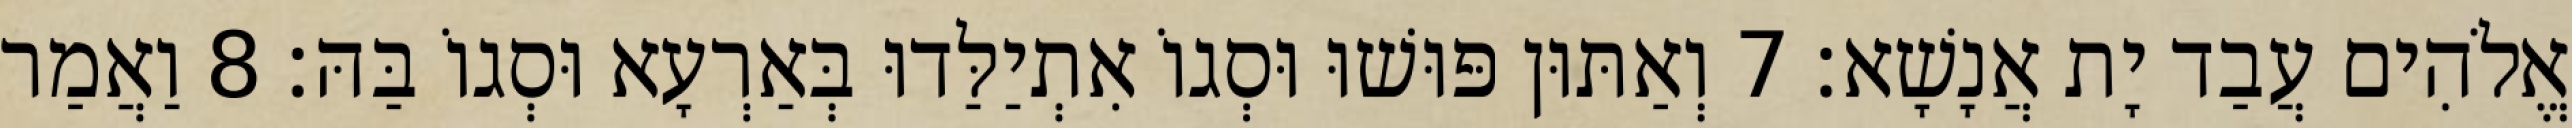
אֱלֹהִים עֲבַד יָת אֲנָשָׁא׃ 7 וְאַתּוּן פּוּשׁוּ וּסְגוֹ אִתְיַלַּדוּ בְּאַרְעָא וּסְגוֹ בַּהּ׃ 8 וַאֲמַר